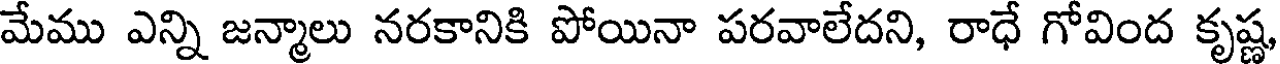
మేము ఎన్ని జన్మాలు నరకానికి పోయినా పరవాలేదని, రాధే గోవింద కృష్ణ